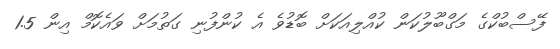
ފޭސްބުކްގެ މަގްބޫލުކަން ކުއްލިއަކަށް ބޮޑުވެ އެ ކުންފުނި ގަތުމަށް ވައެކޮމް އިން 1.5